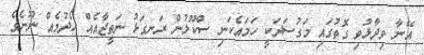
އޭނާ ވިދާޅުވި ގޮތުގައި މަގުސަދަކީ ހަމައެކަނި ސްކޫލުން ރަނގަޅު ނަތީޖާއެއް ހޯދުމެއް ނޫނެވެ.